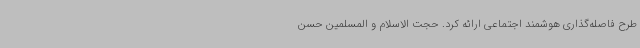
طرح فاصله‌گذاری هوشمند اجتماعی ارائه کرد. حجت الاسلام و المسلمین حسن